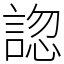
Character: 𧩓